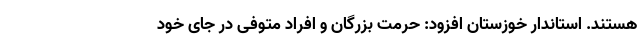
هستند. استاندار خوزستان افزود: حرمت بزرگان و افراد متوفی در جای خود